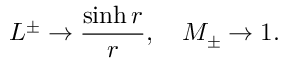
L ^ { \pm } \rightarrow \frac { \sinh { r } } { r } , \quad M _ { \pm } \rightarrow 1 .